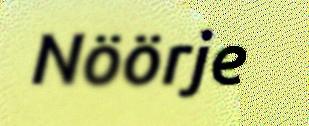
Nöörje